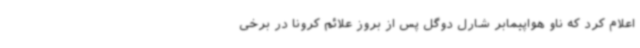
اعلام کرد که ناو هواپیمابر شارل دوگل پس از بروز علائم کرونا در برخی